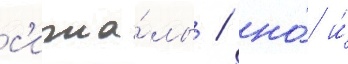
с'игна́лы / но́ и́